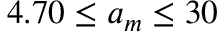
4 . 7 0 \le a _ { m } \le 3 0